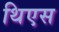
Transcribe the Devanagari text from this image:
थिएस